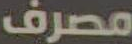
مصرف